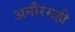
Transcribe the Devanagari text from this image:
अनौरसही